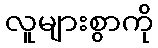
လူများစွာကို